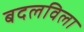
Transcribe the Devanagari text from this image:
बदलविला